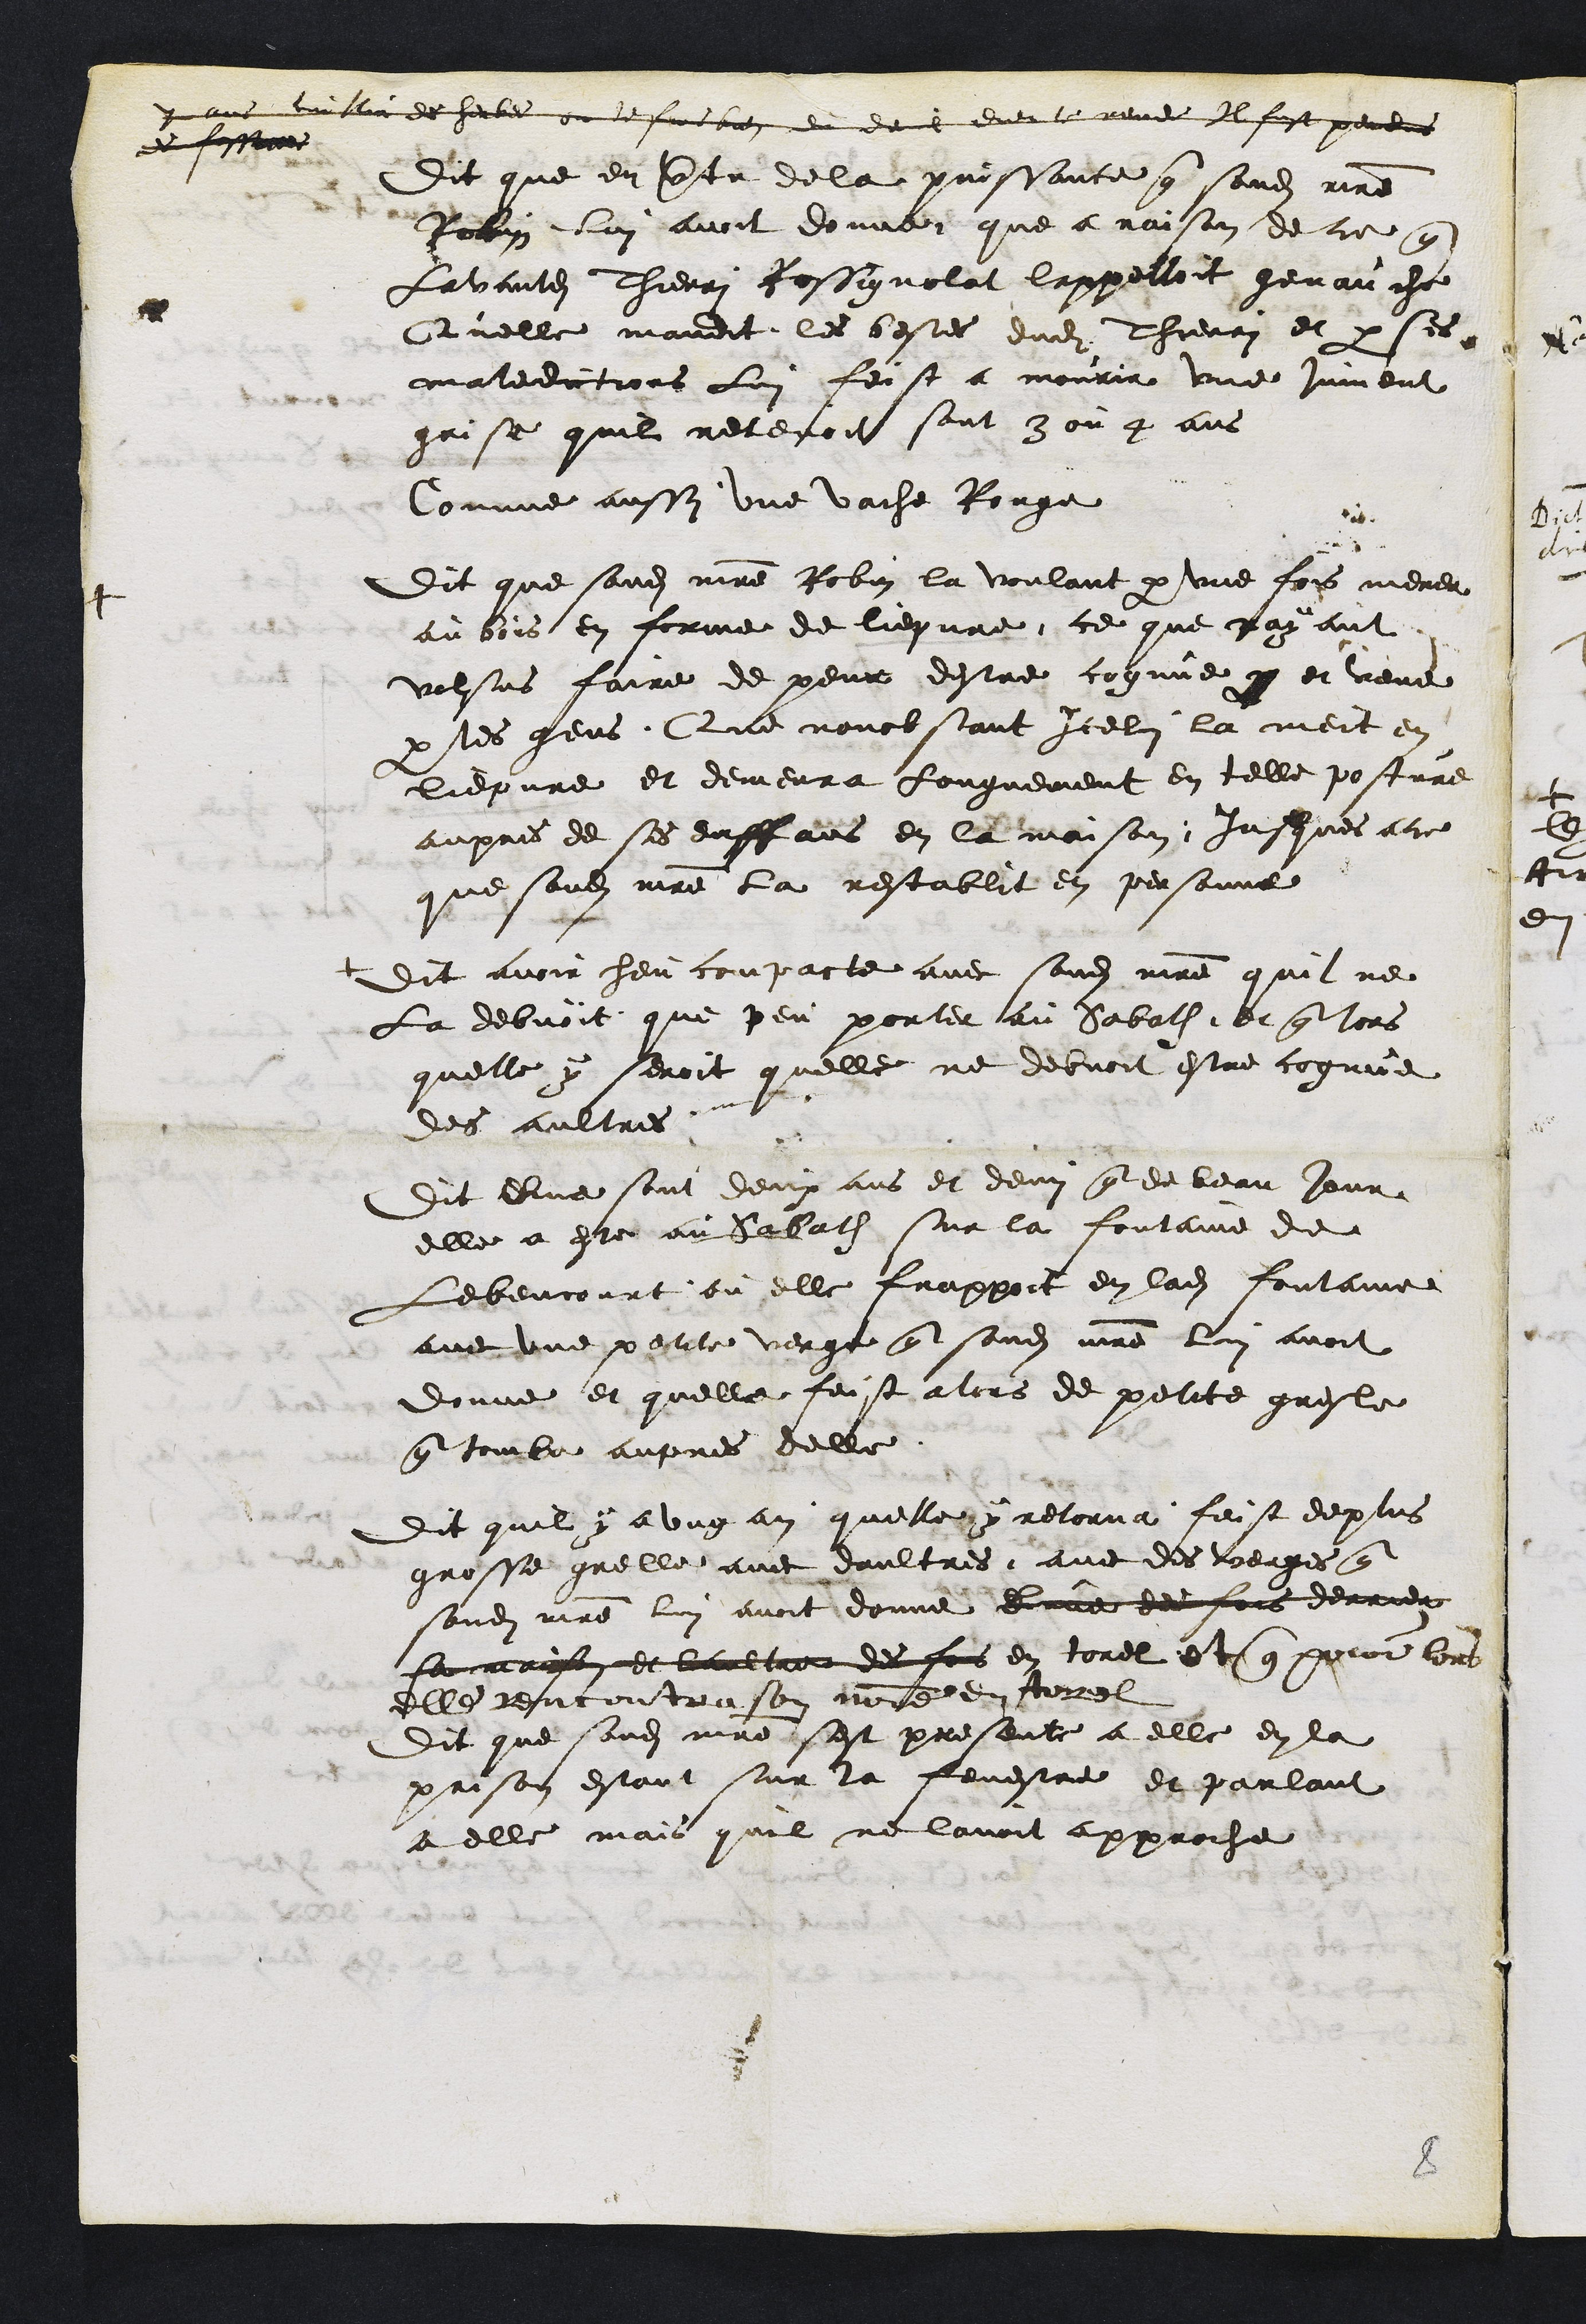
7 ans cuillir de herbes ou le suis bien du de sur le rever il fust perdus
et fessans
Dit que en vertu de la puissance que sondit maitre
Robin lui avoit donne que a raison de ce que
Lavantdit Thierri Rossignolat lappelloit genauche
Quelle maudit les bestes dudit Thierri et par ses
maledictions lui feist a mourir une jument
grise quil retenoit sont 3 ou 4 ans
Comme aussy une vache Rouge
Dit que sondit maitre Robin la voulant par une fois mener
au bois en forme de liepvre, ce que nayant
volsus faire de peur destre cognue par et veue
par les gens, Que nonobstant Icelui la meit en
liepvre et demeura longuement en telle posture
aupres de ses enffans en la maison jusques a ce
que sondit maitre la restablit en personne
Dit avoir heu conpacte avec sondit maitre quil ne
La debvoit que peu porter au Sabath, et que lors
quelle y seroit quelle ne debvoit estre cognue
des aultres
Dit que sont deux ans et demy que de beau jour
elle a este au Sabath sur la fontaine de
Lebencourt ou elle frappoit en ladite fontainne
avec une petite verge que sondit maitre lui avoit
donne et quelle feist alors de petite gresle
que tomba aupres delle.
Dit quil y a ung an quelle y retorna feist de plus
grosse grelle avec daultres avec des verges que
sondit maitre lui avoit donne lune des fois derrier
sa maison et laultre des fois en torel et que pour lors
elle rencontra son maitre en torel
Dit que sondit maitre sest presente a elle en la
prison estant sur la fenestre et parlant
a elle mais quil ne lavoit approche

8